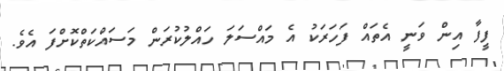
ފީފާ އިން ވަނީ އެތައް ފަހަރަކު އެ މައްސަލަ ހައްލުކުރަން މަސައްކަތްކޮށްފަ އެވެ.